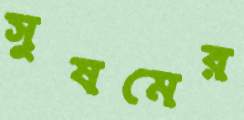
সুষমের